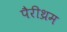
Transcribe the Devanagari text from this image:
पैरीथ्रम